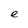
Character: e